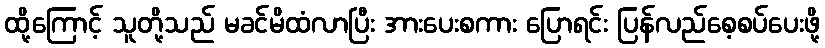
ထို့ကြောင့် သူတို့သည် မခင်မိထံလာပြီး အားပေးစကား ပြောရင်း ပြန်လည်စေ့စပ်ပေးဖို့